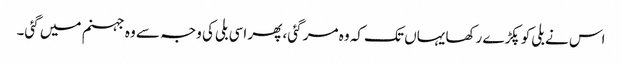
اس نے بلی کو پکڑے رکھا یہاں تک کہ وہ مر گئی، پھر اسی بلی کی وجہ سے وہ جہنم میں گئی۔